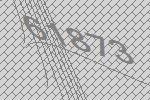
61873